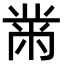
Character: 黹